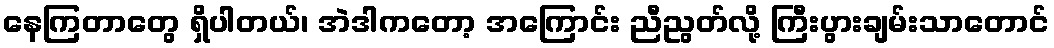
နေကြတာတွေ ရှိပါတယ်၊ အဲဒါကတော့ အကြောင်း ညီညွတ်လို့ ကြီးပွားချမ်းသာတောင်